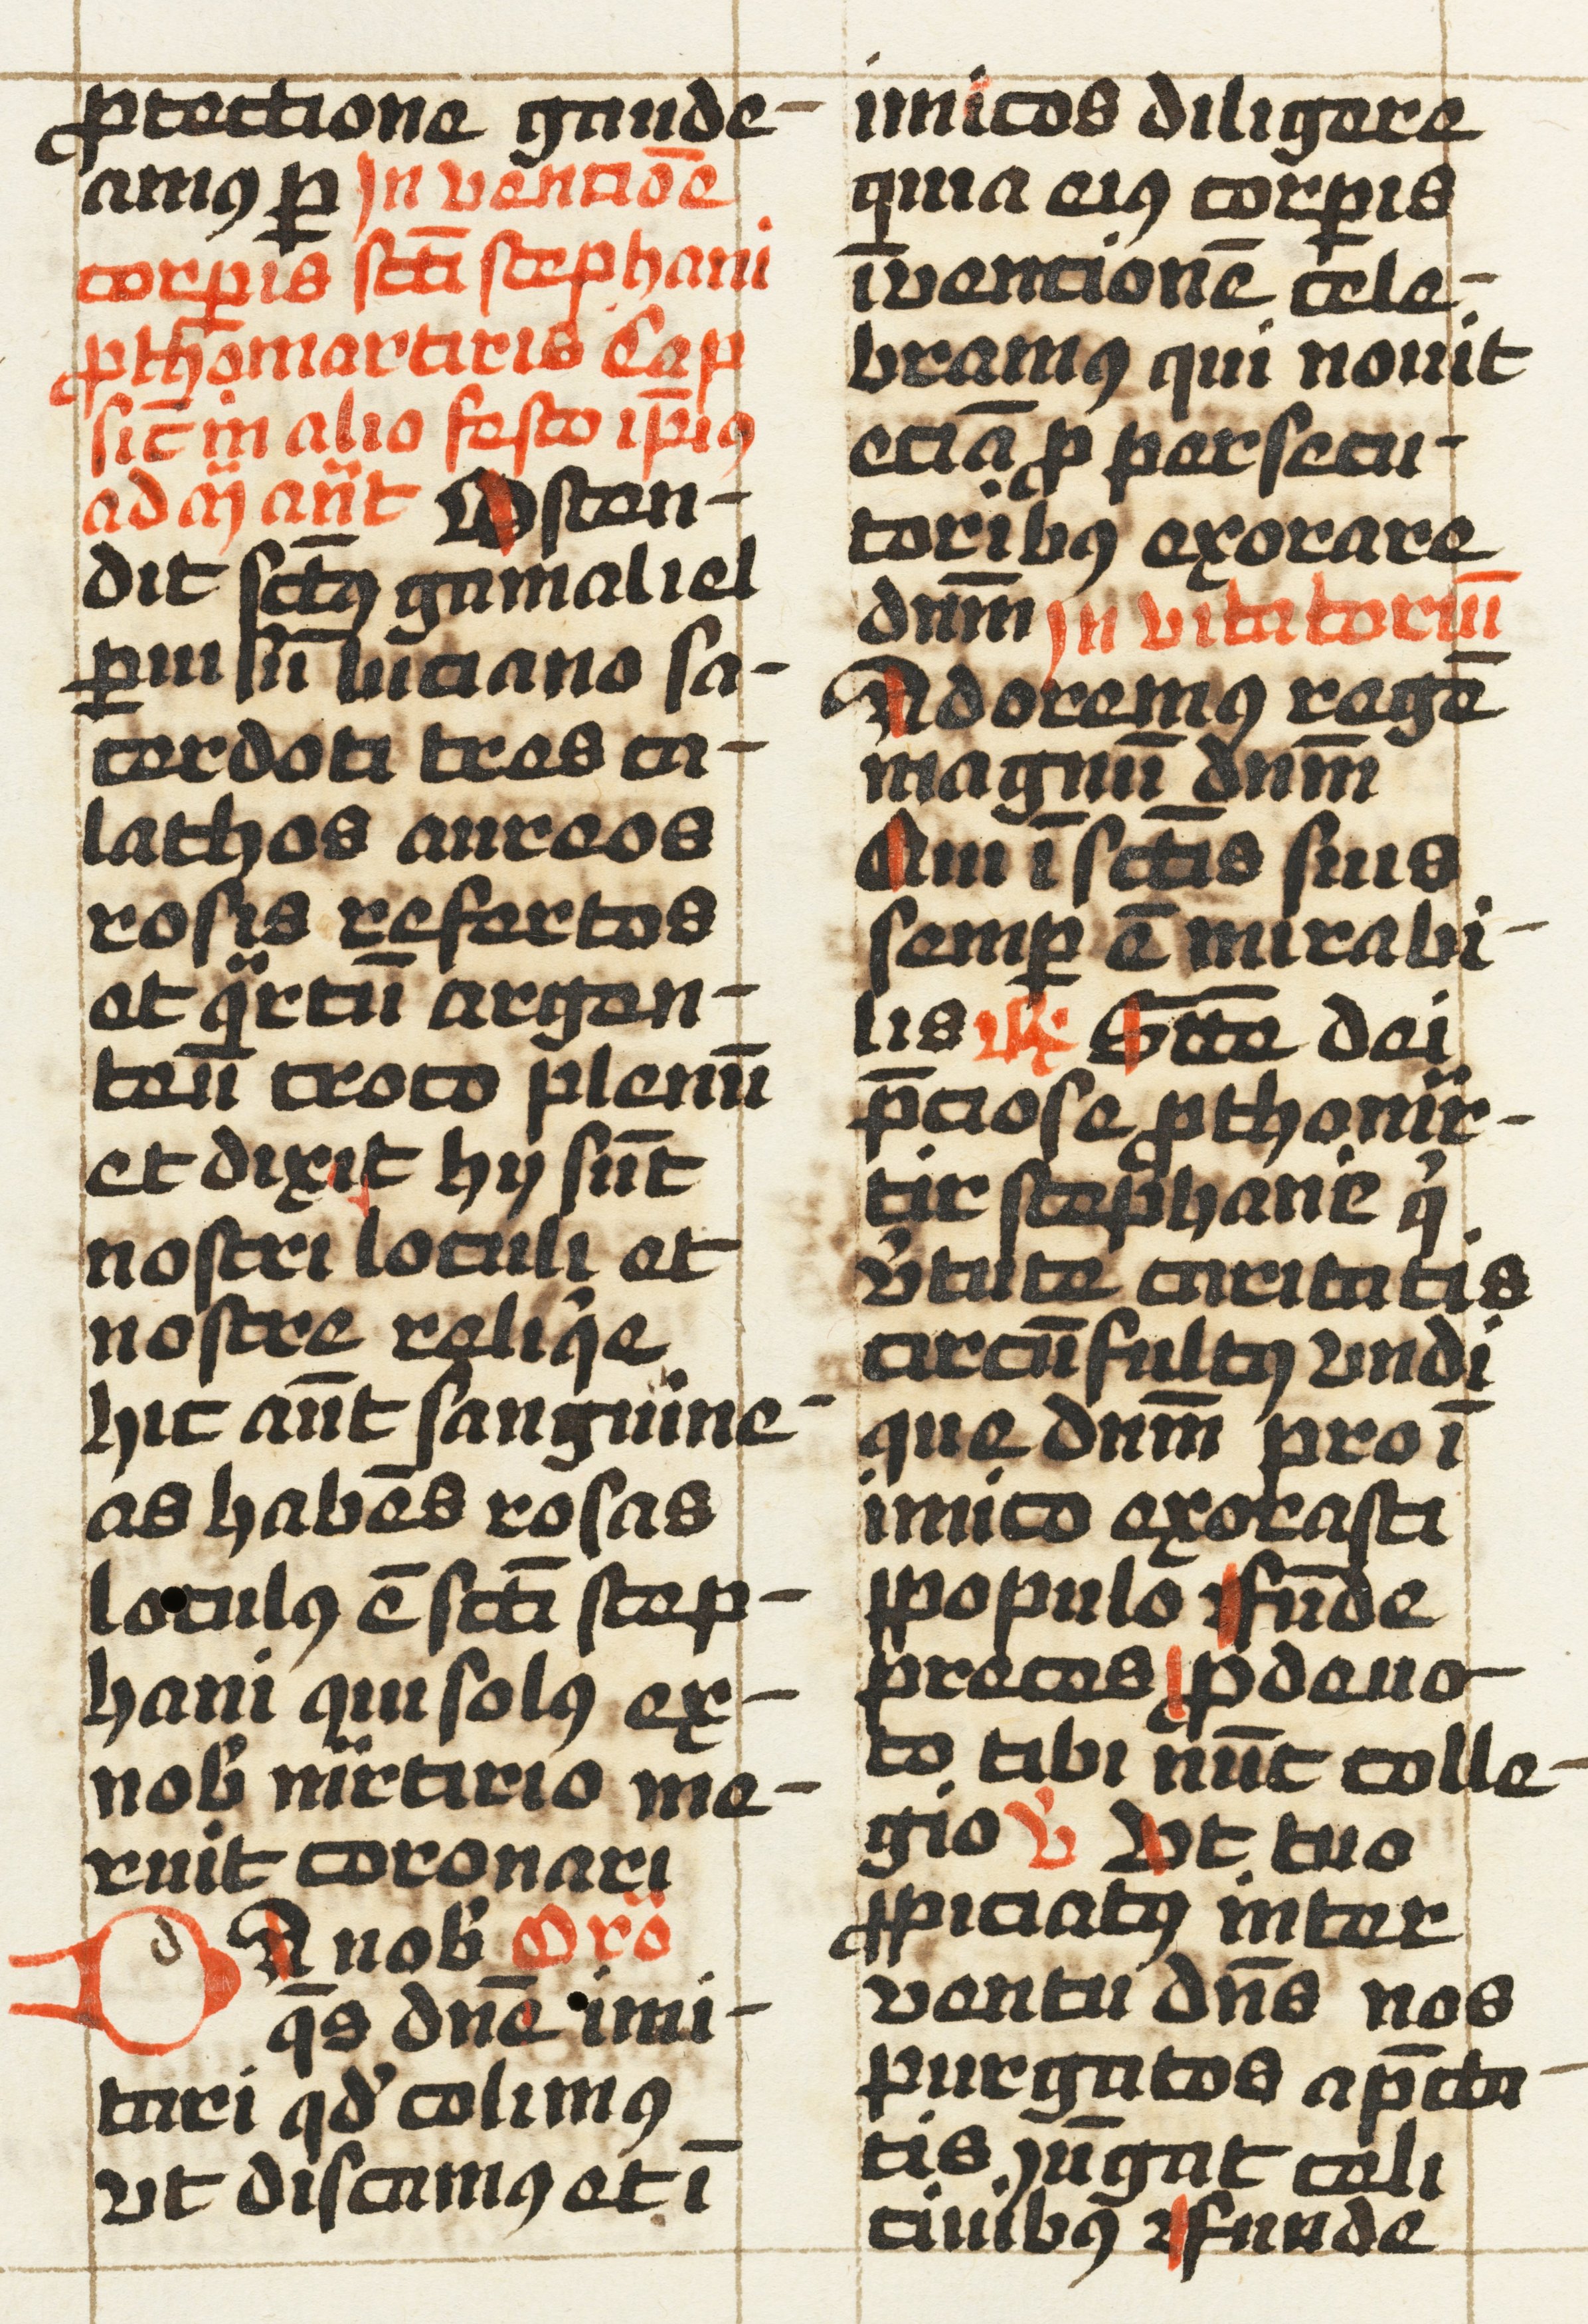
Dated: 1457–1498